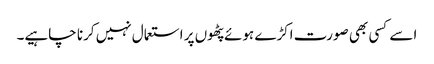
اسے کسی بھی صورت اکڑے ہوئے پٹھوں پر استعمال نہیں کرنا چاہیے۔